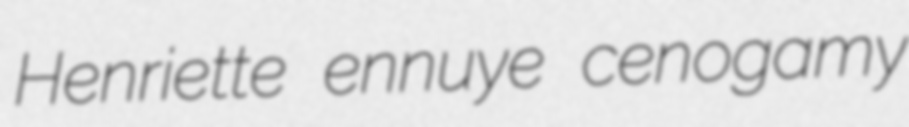
Henriette ennuye cenogamy